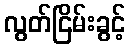
လွတ်ငြိမ်းခွင့်